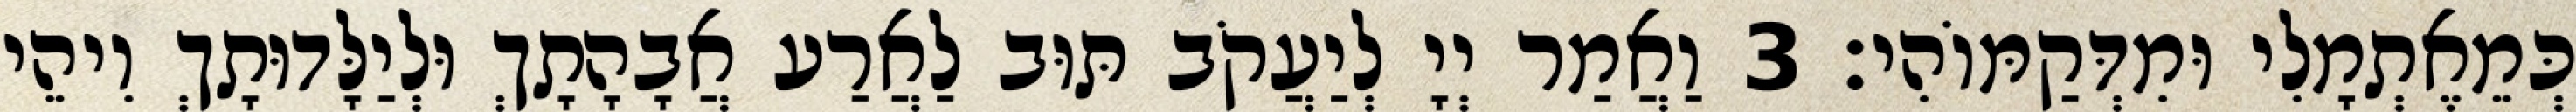
כְּמֵאֶתְמָלִי וּמִדְּקַמּוֹהִי׃ 3 וַאֲמַר יְיָ לְיַעֲקֹב תּוּב לַאֲרַע אֲבָהָתָךְ וּלְיַלָּדוּתָךְ וִיהֵי